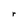
Character: r